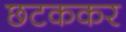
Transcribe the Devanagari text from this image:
छटककर